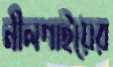
নীলগাইয়ের